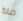
ماذا